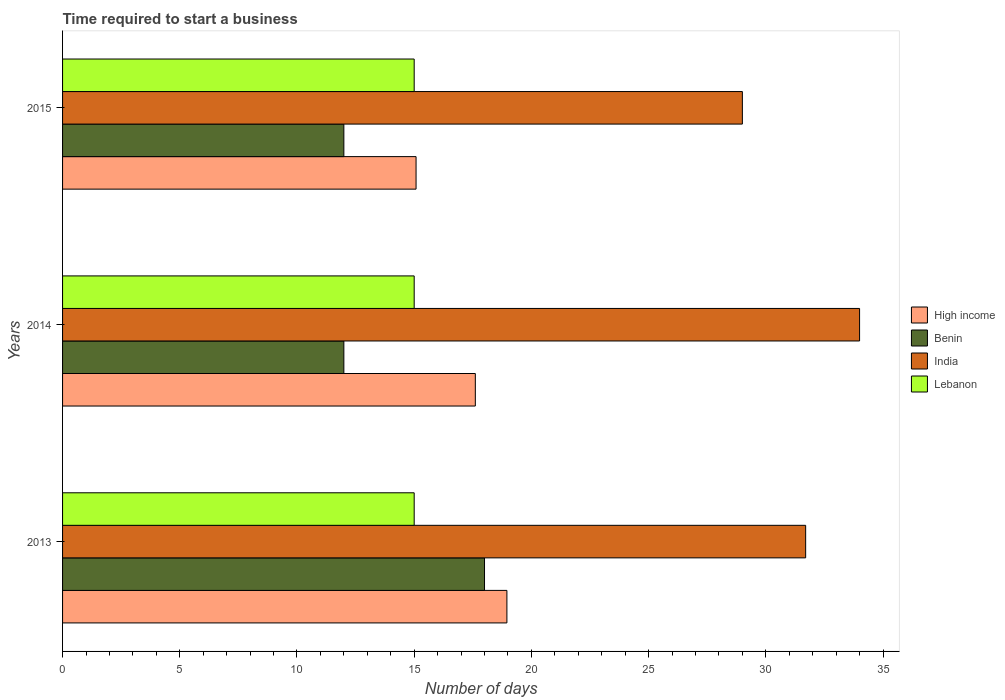
| Years | High income | Benin | India | Lebanon |
 | --- | --- | --- | --- | --- |
 | 2013 | 19 | 18 | 31.7 | 15 |
 | 2014 | 17.6 | 12 | 34 | 15 |
 | 2015 | 15.1 | 12 | 29 | 15 |